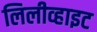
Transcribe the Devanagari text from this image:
लिलीव्हाइट